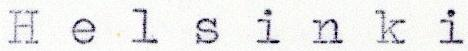
Helsinki